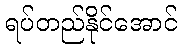
ရပ်တည်နိုင်အောင်